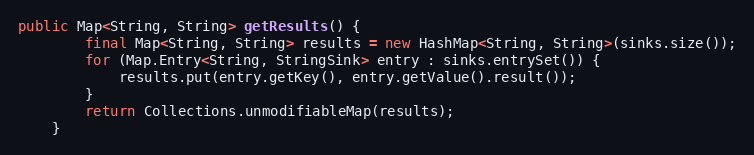
Language: Java
public Map<String, String> getResults() {
        final Map<String, String> results = new HashMap<String, String>(sinks.size());
        for (Map.Entry<String, StringSink> entry : sinks.entrySet()) {
            results.put(entry.getKey(), entry.getValue().result());
        }
        return Collections.unmodifiableMap(results);
    }